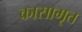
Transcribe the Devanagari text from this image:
कासामृत